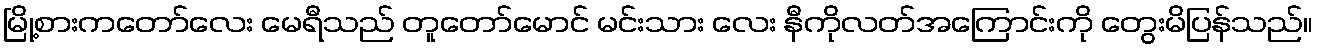
မြို့စားကတော်လေး မေရီသည် တူတော်မောင် မင်းသား လေး နီကိုလတ်အကြောင်းကို တွေးမိပြန်သည်။